Lunatic asylums Punjab 1881-1894 - 1881-1894
Year: 1881
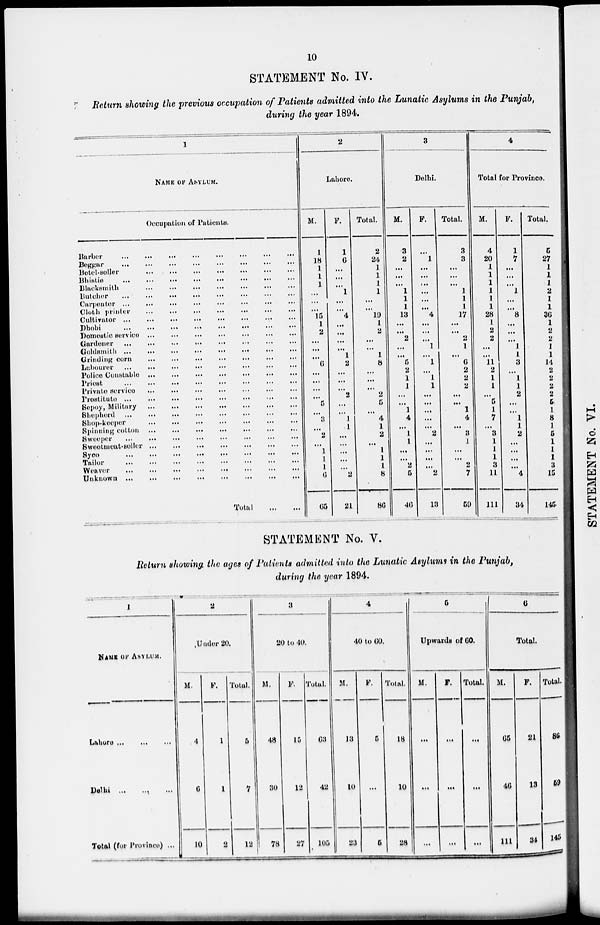
10
STATEMENT No. IV.
Return showing the previous occupation of Patients admitted into the Lunatic Asylums in the Punjab,
during the year 1894.
1
NAME OF ASYLUM.
Occupation of Patients.
Barber ... ... ... ... ... ...
...
...
Beggar ... ... ... ... ... ... ... ...
Betel-seller ... ... ... ... ... ... ... ...
Bhistie
...
...
...
...
...
...
...
Blacksmith ... ... ... ... ... ... ... ...
Buteher ... ... ... ... ... ... ... ...
Carpenter ... ... ... ... ... ... ... ...
Cloth printer ... ... ... ... ... ... ... ...
Cultivator ... ... ... ... ... ... ... ...
Dhobi
...
...
...
...
...
...
Domestic service ...
...
...
...
...
...
Gardener ... ... ... ... ... ... ...
Goldsmith ...
...
...
...
...
...
...
Grinding corn ... ... ... ... ... ... ... ...
Labourer ...
...
...
...
... ... ...
Police Constable ...
...
...
...
... ...
Priest ... ... ... ... ... ... ... ...
Private service ... ... ... ... ... ... ... ...
Prostitute ... ... ... ... ... ... ... ...
Sepoy, Military ... ... ... ... ... ... ... ...
Shepherd ...
...
...
...
...
...
...
Shop-keeper ... ... ... ... ... ... ... ...
Spinning cotton ... ... ... ... ... ... ... ...
Sweeper ... ... ... ... ... ... ... ...
Sweetmeat-seller ... ... ... ... ... ... ... ...
Syee
...
...
...
...
...
...
...
Tailor ... ... ... ... ... ... ... ...
Weaver ... ...
...
...
...
...
Unknown ... ... ... ... ... ... ... ...
Total
...
...
2
Lahore.
M.
1
18
1
1
1
...
...
...
15
1
2
...
...
...
6
...
...
...
...
5
...
3
...
2
...
1
1
1
6
65
F.
1
6
...
...
...
1
...
...
4
...
...
...
...
1
2
...
...
...
2
...
...
1
1
...
...
...
...
...
2
21
Total.
2
24
1
1
1
1
...
...
19
1
2
...
...
1
8
...
...
...
2
5
...
4
1
2
...
1
1
1
8
86
3
Delhi.
M.
3
2
...
...
...
1
1
1
13
...
...
2
...
...
5
2
1
1
...
...
1
4
...
1
1
...
...
2
5
46
F.
...
1
...
...
...
...
...
...
4
...
...
...
1
...
1
...
1
1
...
...
...
...
...
2
...
...
...
...
2
13
Total.
3
3
...
...
...
1
1
1
17
...
...
2
1
...
6
2
2
2
...
...
1
4
...
3
1
...
...
2
7
59
4
Total for Province.
M.
4
20
1
1
1
1
1
1
28
1
2
2
...
...
11
2
1
1
...
5
1
7
...
3
1
1
1
3
11
111
F.
1
7
...
...
...
1
...
...
8
...
...
...
1
1
3
...
1
1
2
...
1
1
2
...
...
...
...
4
34
Total.
5
27
1
1
1
2
1
1
36
1
2
2
1
1
14
2
2
2
2
5
1
8
1
5
1
1
1
3
15
145
STATEMENT No. V.
Return showing the ages of Patients admitted into the Lunatic Asylums in the Punjab,
during the year 1894.
1
NAME OF ASYLUM.
Lahore
...
...
...
Delhi
...
...
...
Total (for Province) ...
2
Under 20.
M.
4
6
10
F.
l
l
2
Total.
5
7
12
3
20 to 40.
M.
48
30
78
F.
15
12
27
Total.
63
42
105
4
40 to 60.
M.
13
10
23
F.
5
...
5
Total.
18
10
28
5
Upwards of 60.
M.
...
...
...
F.
...
...
...
Total.
...
...
...
6
Total.
M.
65
46
111
F.
21
13
34
Total.
86
59
145